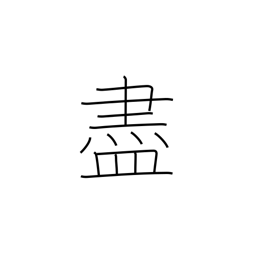
Meaning: befriend